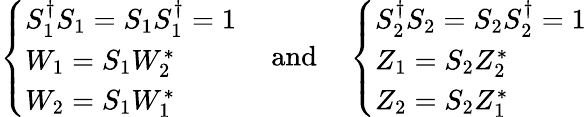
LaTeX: \left\{ \begin{array}{l}{{S_{1}^{\dagger}S_{1}=S_{1}S_{1}^{\dagger}=1}}\\ {{W_{1}=S_{1}W_{2}^{*}}}\\ {{W_{2}=S_{1}W_{1}^{*}}}\end{array}\right.\ \quad\mathrm{and}\quad\left\{ \begin{array}{l}{{S_{2}^{\dagger}S_{2}=S_{2}S_{2}^{\dagger}=1}}\\ {{Z_{1}=S_{2}Z_{2}^{*}}}\\ {{Z_{2}=S_{2}Z_{1}^{*}}}\end{array}\right.